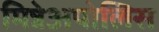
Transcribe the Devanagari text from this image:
मिन्नेअपोलिस